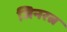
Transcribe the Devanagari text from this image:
जिनरत्न